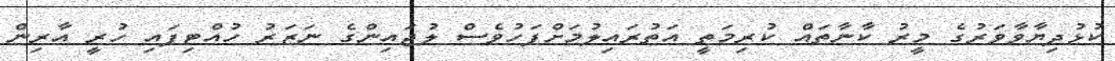
ކުޅުދިޔާވާވަރުގެ މީރު ކާނާތައް ކުރިމަތީ އަތުރައިލުމަށްފަހުވެސް ލުޖައިންގެ ނަޒަރު ހުއްޓިފައި ހުރީ އާރިން